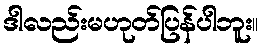
ဒါလည်းမဟုတ်ပြန်ပါဘူး။